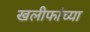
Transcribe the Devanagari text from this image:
खलीफांच्या